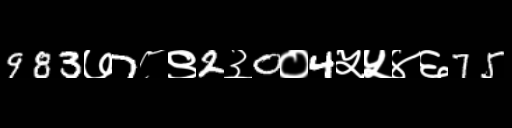
Text: 983७7८९2३0०4५५४६75